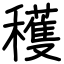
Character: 穫